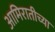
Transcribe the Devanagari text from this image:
आमिरातीच्या